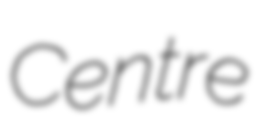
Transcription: Centre